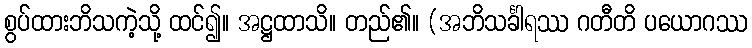
စွပ်ထားဘိသကဲ့သို့ ထင်၍။ အဋ္ဌထာသိ။ တည်၏။ (အဘိသင်္ခါရဿ ဂတီတိ ပယောဂဿ